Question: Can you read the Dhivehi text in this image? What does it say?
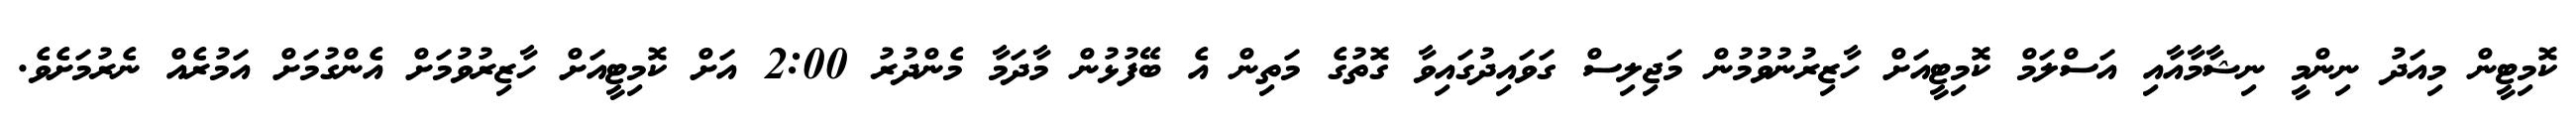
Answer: ކޮމިޓީން މިއަދު ނިންމީ ނިޝާމާއާއި އަސްލަމް ކޮމިޓީއަށް ހާޒިރުނުވުމުން މަޖިލިސް ގަވައިދުގައިވާ ގޮތުގެ މަތިން އެ ބޭފުޅުން މާދަމާ މެންދުރު 2:00 އަށް ކޮމިޓީއަށް ހާޒިރުވުމަށް އެންގުމަށް އަމުރެއް ނެރުމަށެވެ.